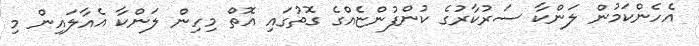
އެހެންކަމުން ލަންކާ ސަރުކާރުގެ ކުންފުންޏެއްގެ ގޮތުގައި އޮތް މިހިން ލަންކާ އެއާލައިން މި